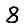
Digit: 8